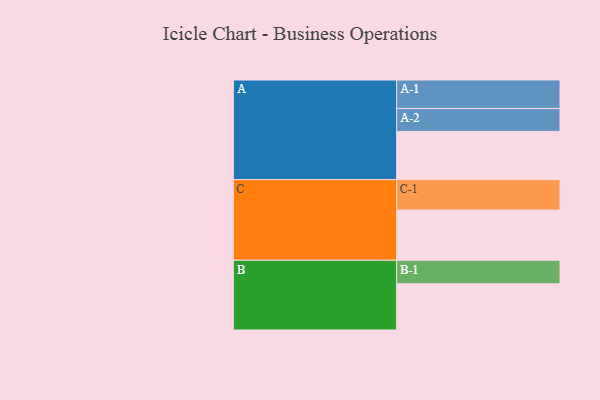
{"axis": {"x": "Segment", "y": "Value"}, "legend": ["", "A", "B", "C"], "data": [{"x": "A", "y": 313, "type": ""}, {"x": "B", "y": 300, "type": ""}, {"x": "C", "y": 326, "type": ""}, {"x": "A-1", "y": 185, "type": "A"}, {"x": "A-2", "y": 149, "type": "A"}, {"x": "B-1", "y": 153, "type": "B"}, {"x": "C-1", "y": 198, "type": "C"}]}